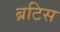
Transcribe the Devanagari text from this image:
ब्रटिस